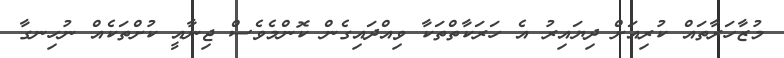
މުޒާހަރާތައް ކުރިއަށް ދިޔައިރު އެ ހަރަކާތްތަކާ ވިއްދައިގެން ކޮންމެވެސް ޖިނާއީ ކުށްތަކެއް ނުހިނގާ